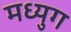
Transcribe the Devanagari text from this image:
मध्युग